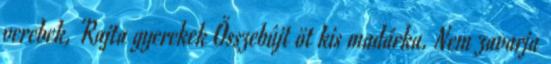
verebek, Rajta gyerekek Összebújt öt kis madárka. Nem zavarja